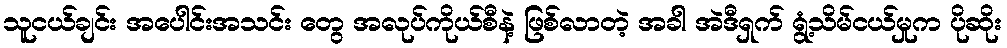
သူငယ်ချင်း အပေါင်းအသင်း တွေ အလုပ်ကိုယ်စီနဲ့ ဖြစ်လာတဲ့ အခါ အဲဒီရှက် ရွံ့သိမ်ငယ်မှုက ပိုဆိုး